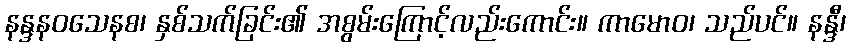
နန္ဒနဝသေနစ၊ နှစ်သက်ခြင်း၏ အစွမ်းကြောင့်လည်းကောင်း။ ကာမောဝ၊ သည်ပင်။ နန္ဒီ၊